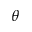
\theta